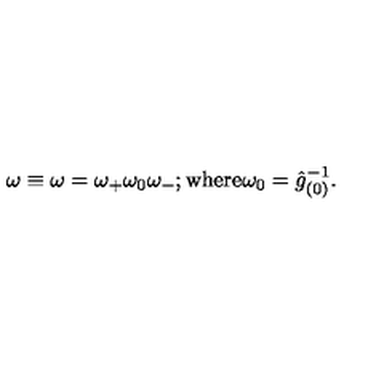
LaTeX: \omega \equiv \omega = \omega _ { + } \omega _ { 0 } \omega _ { - } ; \mathrm { w h e r e } \omega _ { 0 } = \hat { g } _ { ( 0 ) } ^ { - 1 } .